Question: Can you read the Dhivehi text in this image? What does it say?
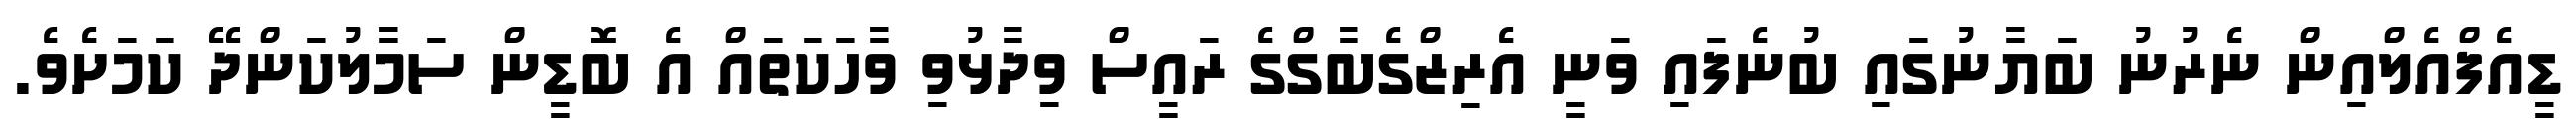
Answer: ޑީއެފްއެލްއިން ނެރުނު ބަޔާނުގައި ބުނެފައި ވަނީ އެރިޒްގެބާގްގެ ރައީސް ވިދާޅުވި ވާހަކަތައް އެ ބޮޑީން ސަމާލުކަންދޭ ކަމަށެވެ.